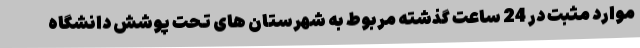
موارد مثبت در 24 ساعت گذشته مربوط به شهرستان های تحت پوشش دانشگاه